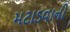
મટાડવાની